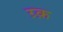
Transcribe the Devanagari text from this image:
ग्र्क़